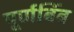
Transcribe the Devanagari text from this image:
पूर्णबिंब